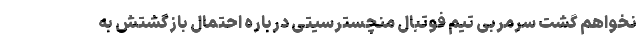
نخواهم گشت سرمربی تیم فوتبال منچسترسیتی درباره احتمال بازگشتش به